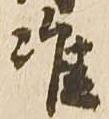
准